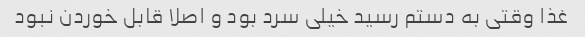
غذا وقتی به دستم رسید خیلی سرد بود و اصلا قابل خوردن نبود